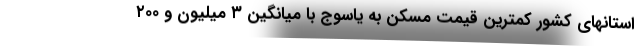
استانهای کشور کمترین قیمت مسکن به یاسوج با میانگین ۳ میلیون و ۲۰۰